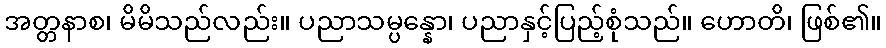
အတ္တနာစ၊ မိမိသည်လည်း။ ပညာသမ္ပန္နော၊ ပညာနှင့်ပြည့်စုံသည်။ ဟောတိ၊ ဖြစ်၏။